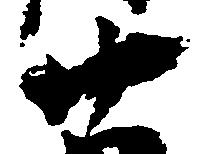
廿